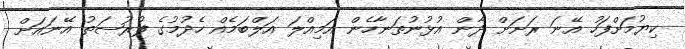
ކިޔުމަށްފަހު އޭނަ ރަށަށް ދާން އުޅުނުތަނާހެން އަމިއްލަ އަލްބަމެއް ހެދުމުގެ ފުރުޞަތު އޭނައަށް